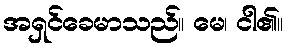
အရှင်ခေမာသည်။ မေ၊ ငါ၏။